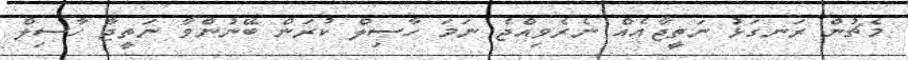
މެޗުން ރަނގަޅު ނަތީޖާއެއް ނެރެވިއްޖެ ނަމަ ހާސިލް ކުރަން ބޭނުންވާ ނަތީޖާ ހާސިލް